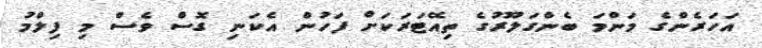
އަހަރެންގެ މަންމަ ބެންގަލޫރުގެ ތިއޭޓަރަކަށް ފަހުން އެކަނި ގޮސް ވެސް މި ފިލްމު